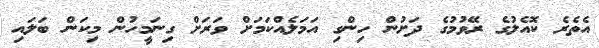
އެތެރެ ކޮއެލުގެ ރޭވުމުގެ ދަށުން ހިންގި އަމަލެއްކަމަށް ވަރަށް ގިނަމީހުން މިކަން ބަލައި